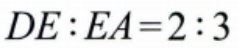
\(DE:EA = 2:3\)